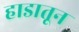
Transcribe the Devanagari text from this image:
हाडातून